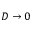
D \to 0